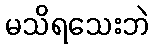
မသိရသေးဘဲ